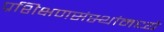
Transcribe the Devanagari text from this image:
प्रशिक्षणसंस्थांमध्ये